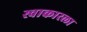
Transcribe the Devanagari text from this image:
स्वाकारला